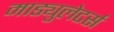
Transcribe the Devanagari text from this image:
माड्युलेटर्स